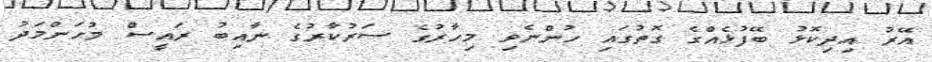
އޭރު އިދިކޮޅު ބޭފުޅެއްގެ ގޮތުގައި ހުންނެވި މިހާރުގެ ސަރުކާރުގެ ނާއިބު ރައީސް މުހަންމަދު